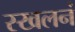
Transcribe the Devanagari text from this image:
स्खलनं